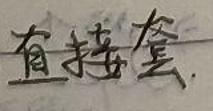
直接套